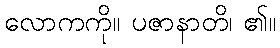
လောကကို။ ပဇာနာတိ၊ ၏။